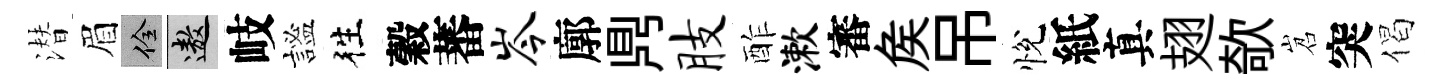
潜眉佺遨岐謐徃穀蕃岑廓𪔂肢酢漱審矦吊悅紙真翅欹岧突偈